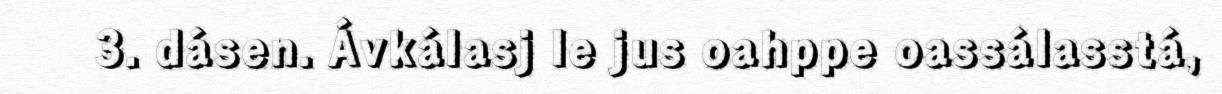
3. dásen. Ávkálasj le jus oahppe oassálasstá,